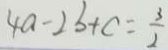
4 a - 2 b + c = \frac { 3 } { 2 }